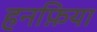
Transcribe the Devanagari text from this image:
हनफ़िया